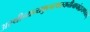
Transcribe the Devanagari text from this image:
अस्थीन्यन्यकुलस्थस्यनीत्वाचांद्रायणंचरेत्